65_HS1-834228961_62-HQ-83894_Section_3
Agency: FBI
Page 126
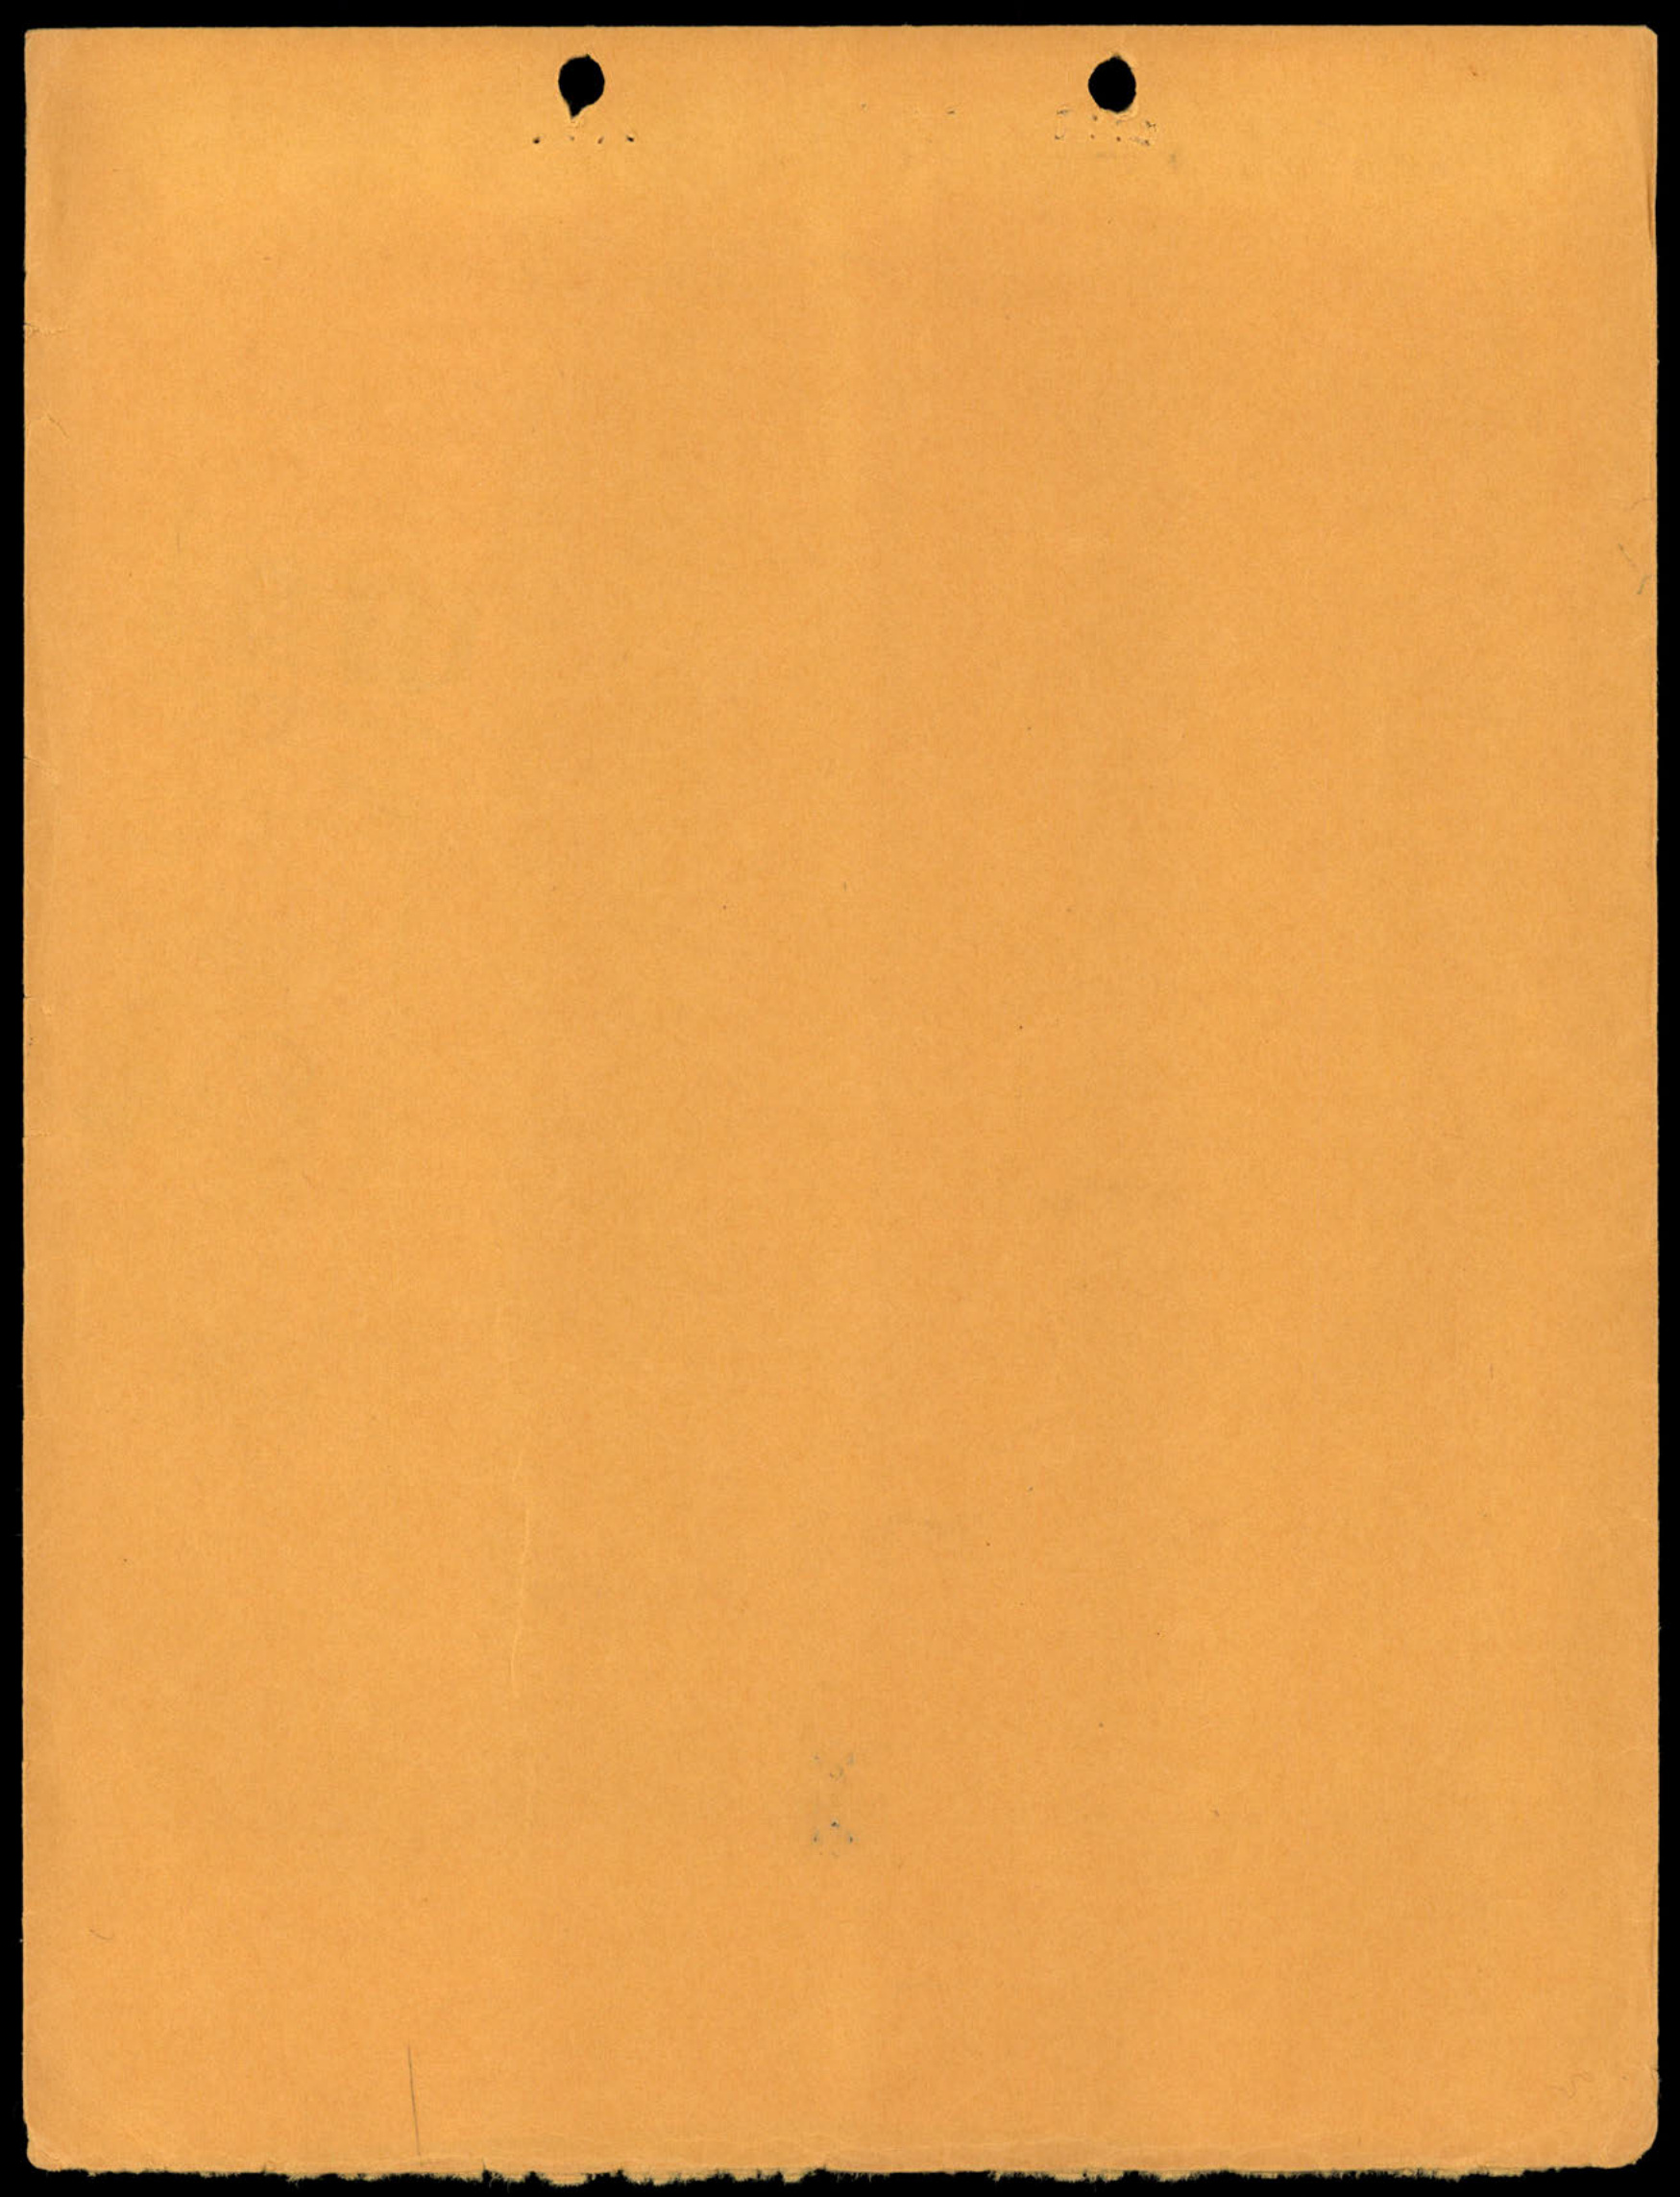